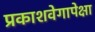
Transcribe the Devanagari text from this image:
प्रकाशवेगापेक्षा